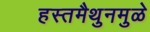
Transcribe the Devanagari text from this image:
हस्तमैथुनमुळे